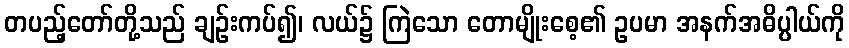
တပည့်တော်တို့သည် ချဉ်းကပ်၍၊ လယ်၌ ကြဲသော တောမျိုးစေ့၏ ဥပမာ အနက်အဓိပ္ပါယ်ကို